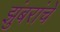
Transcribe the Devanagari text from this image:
झुंबरांचे